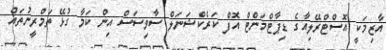
އާޒިމަކީ އޮސްޓްރޭލިއާގެ ޑިޕާޓްމަންޓް އޮފް ކަރެކްޝަނަލް ސާވިސަސް އިން ކަމާ ގުޅޭ ތަމްރީނުތައް